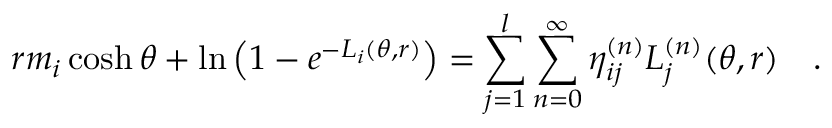
r m _ { i } \cosh \theta + \ln \left( 1 - e ^ { - L _ { i } ( \theta , r ) } \right) = \sum _ { j = 1 } ^ { l } \sum _ { n = 0 } ^ { \infty } \eta _ { i j } ^ { ( n ) } L _ { j } ^ { ( n ) } ( \theta , r ) \quad .